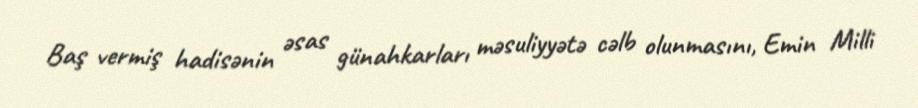
Baş vermiş hadisənin əsas günahkarları məsuliyyətə cəlb olunmasını, Emin Milli